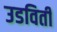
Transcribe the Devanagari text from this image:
उडविती